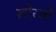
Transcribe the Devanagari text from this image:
शोरबों